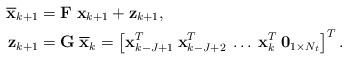
LaTeX: \begin{align*}\overline{\mathbf{x}}_{k+1} &= \mathbf{F}\;\mathbf{x}_{k+1} + \mathbf{z}_{k+1}, \\\mathbf{z}_{k+1} &= \mathbf{G}\; \overline{\mathbf{x}}_{k} = \left[ \mathbf{x}_{k-J+1}^T\:\mathbf{x}_{k-J+2}^T\:\ldots\:\mathbf{x}_{k}^T \:\mathbf{0}_{1 \times N_t} \right]^T.\end{align*}